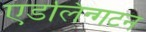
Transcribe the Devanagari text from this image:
एडलिन्गटन